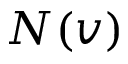
N ( v )